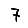
Digit: 7